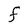
Character: F